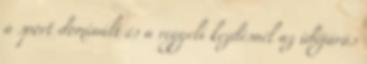
a sport dominált és a reggeli kezdésnél az időjárás